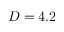
D = 4 . 2